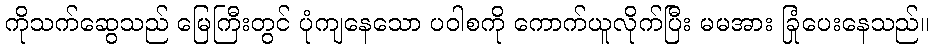
ကိုသက်ဆွေသည် မြေကြီးတွင် ပုံကျနေသော ပဝါစကို ကောက်ယူလိုက်ပြီး မမအား ခြုံပေးနေသည်။